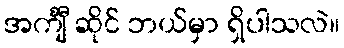
အင်္ကျီ ဆိုင် ဘယ်မှာ ရှိပါသလဲ။